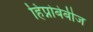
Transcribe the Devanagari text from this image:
हिप्नोबेबीज